Leaving Certificate Examination, 1916
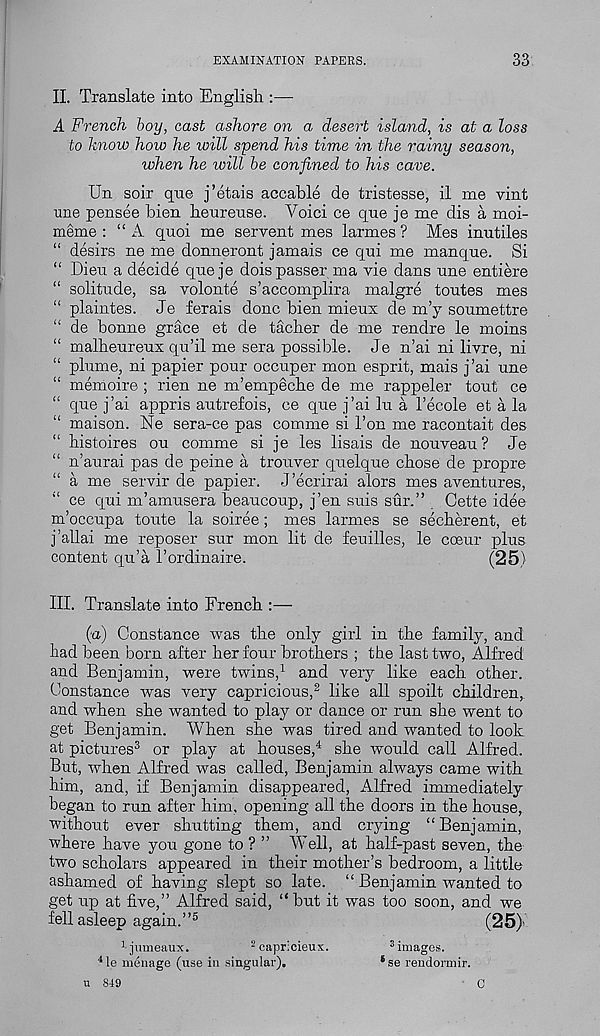
EXAMINATION PAPERS.
33
II. Translate into English :—
A French boy, cast ashore on a desert island, is at a loss
to know how he will spend his time in the rainy season,
when he will be confined to his cave.
Un soir qne j’etais accable de tristesse, il me vint
une pensee bien heureuse. Voici ce que je me dis a moi-
meme : “A quoi me servent mes larmes ? Mes inutiles
“ desirs ne me donneront jamais ce qui me manque. Si
“ Dieu a decide que je dois passer ma vie dans une entiere
“ solitude, sa volonte s’accomplira malgre toutes mes
“ plaintes. Je ferais done bien mieux de my soumettre
“ de bonne grace et de tacber de me rendre le moins
“ malheureux qu’il me sera possible. Je n’ai ni livre, ni
“ plume, ni papier pour occuper mon esprit, mais j’ai une
“ memoire ; rien ne m’empeche de me rappeler tout ce
“ que j’ai appris autrefois, ce que j’ai lu a 1’ecole et a la
“ maison. Ne sera-ce pas comme si Ton me racontait des
“ histoires ou comme si je les lisais de nouveau? Je
“ n’aurai pas de peine a trouver quelque chose de propre
a me servir de papier. J’ecrirai alors mes aventures,
ce qui m’amusera beaucoup, j’en suis sun” Cette idee
m’occupa toute la soiree; mes larmes se secherent, et
j’allai me reposer sur mon lit de feuilles, le coeur plus
content qu’a 1’ordinaire.
(25)
III. Translate into French :—
(a) Constance was the only girl in the family, and
bad been born after her four brothers ; the last two, Alfred
and Benjamin, were twins, 1 and very like each other.
Constance was very capricious, 2 like all spoilt children,
and when she wanted to play or dance or run she went to
get Benjamin. When she was tired and wanted to look
at pictures 3 or play at houses, 4 she would call Alfred.
But, when Alfred was called, Benjamin always came with
him, and, if Benjamin disappeared, Alfred immediately
began to run after him, opening all the doors in the house,
without ever shutting them, and ciying “Benjamin,
where have you gone to ? ” Well, at half-past seven, the-
two scholars appeared in their mother’s bedroom, a little
ashamed of having slept so late. “ Benjamin wanted to
get up at five,” Alfred said, “but it was too soon, and we
fell asleep again.” 5
(25)'
1 jumeaux.
- capricieux.
3 images.
4 le menage (use in singular),
‘ se rendormir.
u 849
C